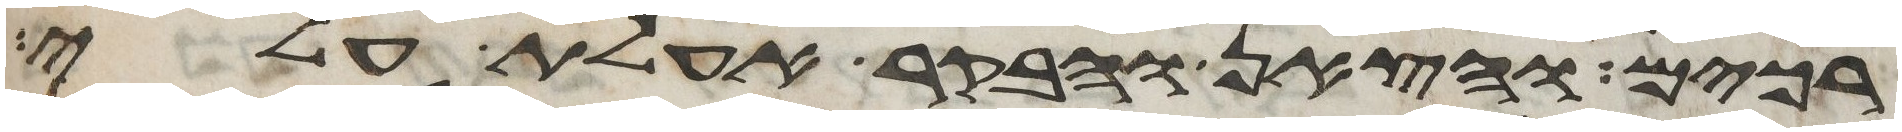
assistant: רכים והצאן והבקר אעלת עלי